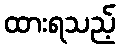
ထားရသည့်